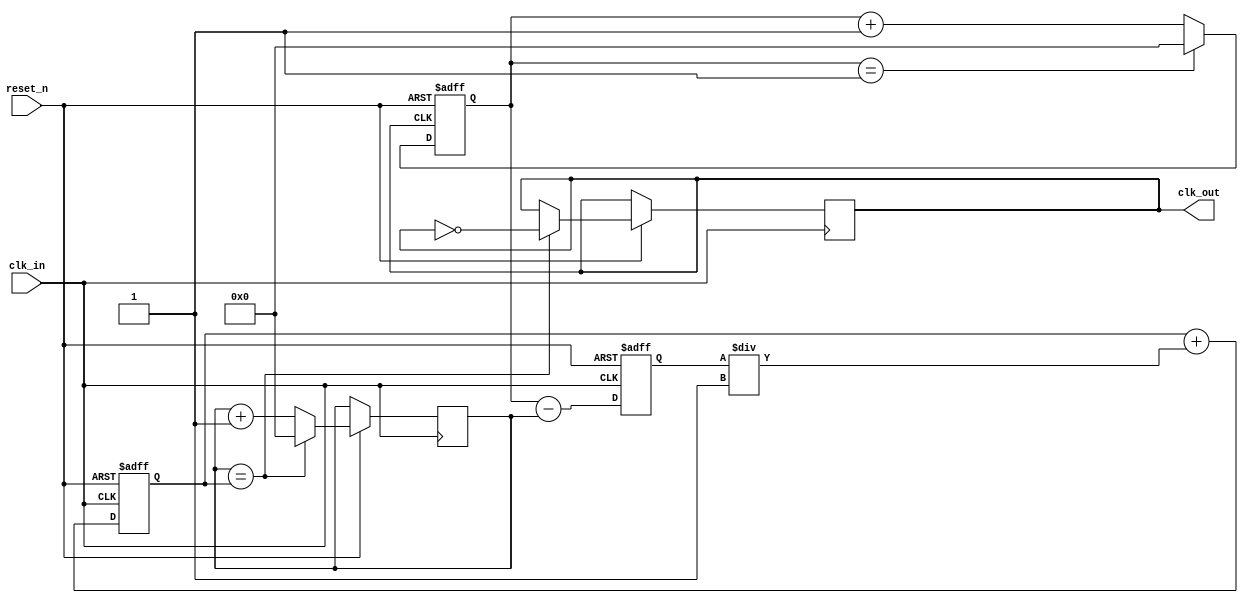
module parameterized_pll #(
    parameter INPUT_CLK_FREQ  = 50_000_000, // Input clock frequency (50 MHz default)
    parameter OUTPUT_CLK_FREQ = 100_000_000, // Desired output clock frequency (100 MHz default)
    parameter DIVISION_FACTOR  = OUTPUT_CLK_FREQ / INPUT_CLK_FREQ,
    parameter LOOP_BANDWIDTH   = 1,          // Adjustable loop bandwidth
    parameter MAX_PHASE_ERROR  = 1           // Max phase error in ns
)(
    input  wire clk_in,                         // Input clock signal
    input  wire reset_n,                        // Active low reset
    output reg  clk_out                         // Output clock signal
);

    // Internal signals
    reg [31:0] phase_error;                     // Phase error from the PD
    reg [31:0] control_voltage;                  // Control voltage for VCO
    reg [31:0] vco_output;                       // VCO output clock signal
    reg [31:0] feedback_divider;                 // Feedback divider counter
    reg [31:0] count;                            // General counter for clock generation

    // Implementing a simple phase detector
    always @(posedge clk_in or negedge reset_n) begin
        if (!reset_n) 
            phase_error <= 0;
        else begin
            // Update phase error based on feedback from VCO
            // Placeholder for actual phase detection logic
            // This simple implementation assumes phase_error is set accordingly
            phase_error <= (feedback_divider - count); // Example calculation
        end
    end

    // Low Pass Filter (simple integral implementation)
    always @(posedge clk_in or negedge reset_n) begin
        if (!reset_n) 
            control_voltage <= 0;
        else begin
            // Control voltage calculation with simple gain factor based on bandwidth
            control_voltage <= control_voltage + (phase_error / LOOP_BANDWIDTH);
        end
    end

    // Voltage-Controlled Oscillator (VCO)
    always @(posedge clk_in or negedge reset_n) begin
        if (!reset_n) 
            vco_output <= 0;
        else begin
            // VCO output generation based on control voltage (example)
            // Here we simulate it by toggling the output frequency according to control_voltage
            if (count == control_voltage) begin
                clk_out <= ~clk_out; // Toggle output clock
                count <= 0;
            end else begin
                count <= count + 1;
            end
        end
    end

    // Feedback divider to generate feedback signal (simple integer division)
    always @(posedge clk_out or negedge reset_n) begin
        if (!reset_n) 
            feedback_divider <= 0;
        else begin
            if (feedback_divider == DIVISION_FACTOR - 1)
                feedback_divider <= 0; // Reset after reaching division factor
            else
                feedback_divider <= feedback_divider + 1;
        end
    end

endmodule